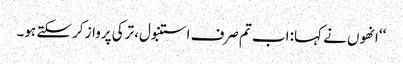
‘‘ انھوں نے کہا: اب تم صرف استنبول، ترکی پرواز کر سکتے ہو۔